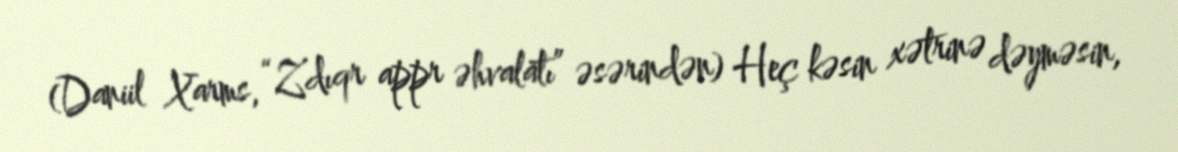
(Daniil Xarms, “Zdıqr appr əhvalatı” əsərindən) Heç kəsin xətrinə dəyməsin,